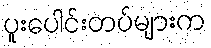
ပူးပေါင်းတပ်များက